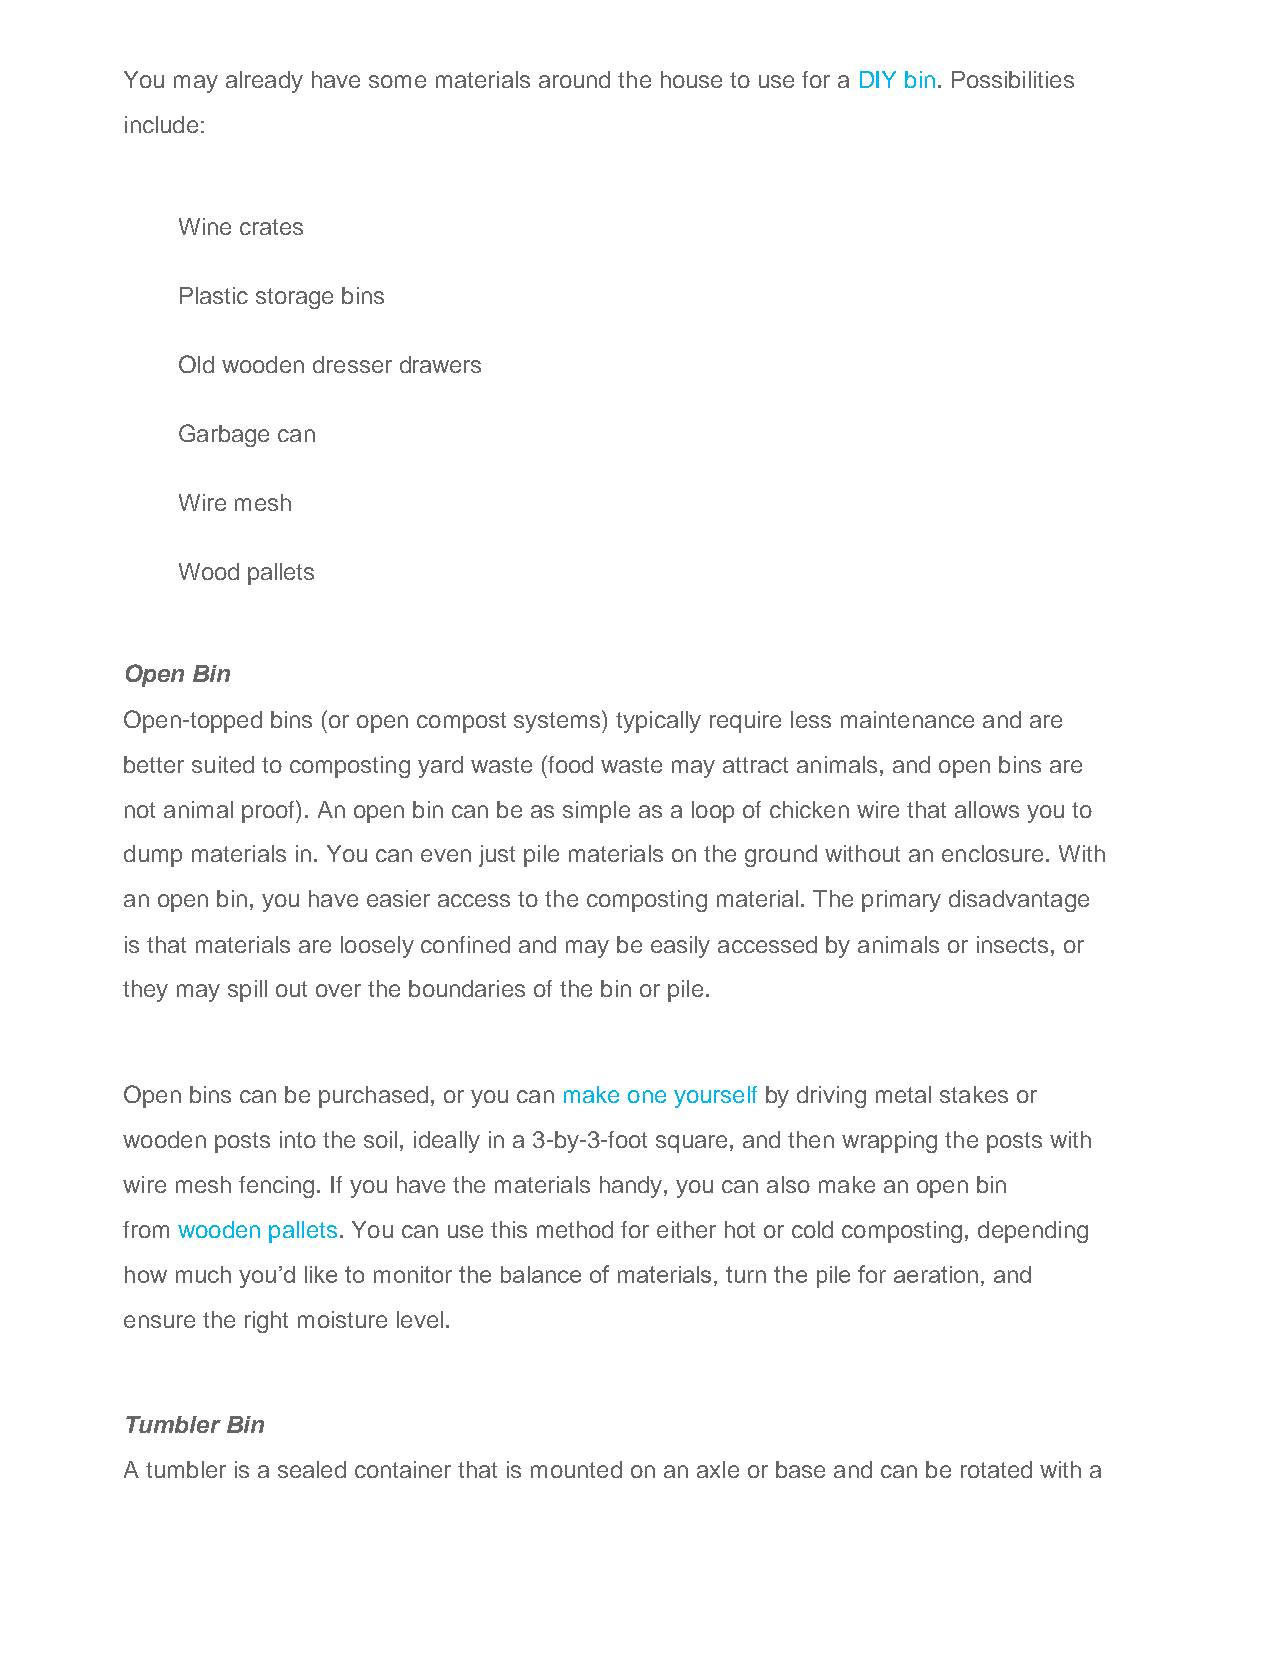
You may already have some materials around the house to use for a DIY bin. Possibilities
 include:
 Wine crates
 Plastic storage bins
 Old wooden dresser drawers
 Garbage can
 Wire mesh
 Wood pallets
 Open Bin
 Open-topped bins (or open compost systems) typically require less maintenance and are
 better suited to composting yard waste (food waste may attract animals, and open bins are
 not animal proof). An open bin can be as simple as a loop of chicken wire that allows you to
 dump materials in. You can even just pile materials on the ground without an enclosure. With
 an open bin, you have easier access to the composting material. The primary disadvantage
 is that materials are loosely confined and may be easily accessed by animals or insects, or
 they may spill out over the boundaries of the bin or pile.
 Open bins can be purchased, or you can make one yourself by driving metal stakes or
 wooden posts into the soil, ideally in a 3-by-3-foot square, and then wrapping the posts with
 wire mesh fencing. If you have the materials handy, you can also make an open bin
 from wooden pallets. You can use this method for either hot or cold composting, depending
 how much you’d like to monitor the balance of materials, turn the pile for aeration, and
 ensure the right moisture level.
 Tumbler Bin
 A tumbler is a sealed container that is mounted on an axle or base and can be rotated with a